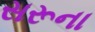
સરૂના